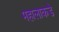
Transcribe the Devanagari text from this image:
महालाकडे